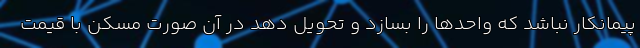
پیمانکار نباشد که واحدها را بسازد و تحویل دهد در آن صورت مسکن با قیمت